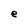
Character: e